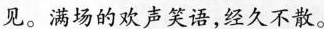
见。满场的欢声笑语,经久不散。